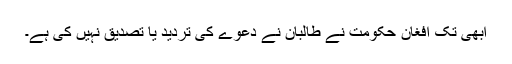
ابھی تک افغان حکومت نے طالبان نے دعوے کی تردید یا تصدیق نہیں کی ہے۔